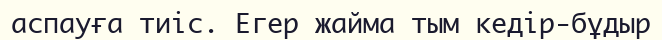
аспауға тиіс. Егер жайма тым кедір-бұдыр